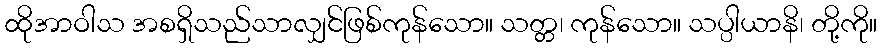
ထိုအာဝါသ အစရှိသည်သာလျှင်ဖြစ်ကုန်သော။ သတ္တ၊ ကုန်သော။ သပ္ပါယာနိ၊ တို့ကို။